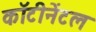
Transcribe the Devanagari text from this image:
कॉटीनेंटल